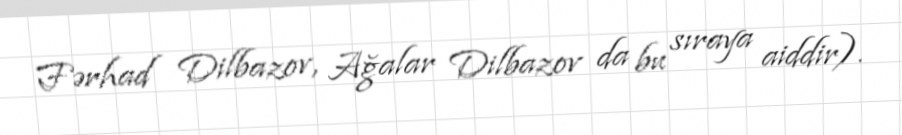
Fərhad Dilbazov, Ağalar Dilbazov da bu sıraya aiddir).